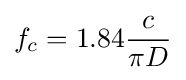
f_{c}=1.84{c \over {\pi D}}